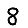
Digit: 8